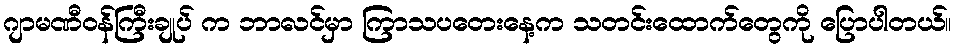
ဂျာမဏီဝန်ကြီးချုပ် က ဘာလင်မှာ ကြာသပတေးနေ့က သတင်းထောက်တွေကို ပြောပါတယ်။